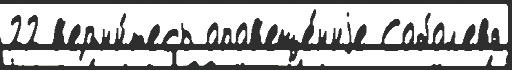
22 в'ерн'и́т'есь опов'еще́н'иjе Собол'ева